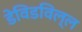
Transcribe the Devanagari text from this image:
डेविडविल्ल